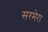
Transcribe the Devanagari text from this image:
सरमेरा